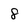
Character: 8